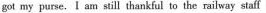
got my purse.I am still thankful to the railway staff